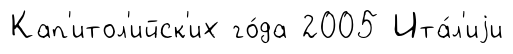
Кап'итол'ийск'их го́да 2005 Ита́л'иjи